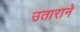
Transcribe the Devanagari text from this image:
उताराने